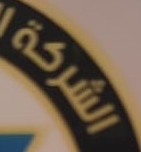
الشركة